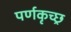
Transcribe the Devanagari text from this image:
पर्णकृच्छ्र